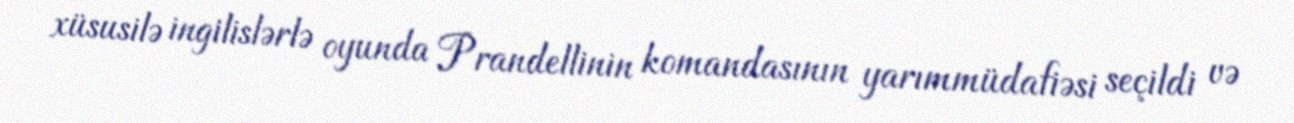
xüsusilə ingilislərlə oyunda Prandellinin komandasının yarımmüdafiəsi seçildi və